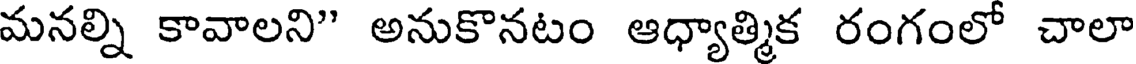
మనల్ని కావాలని" అనుకొనటం ఆధ్యాత్మిక రంగంలో చాలా